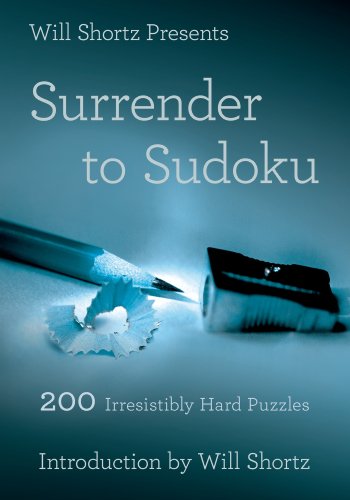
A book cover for Will Shortz Presents Surrender to Sudoku: 200 Irresistibly Hard Puzzles; Humor & Entertainment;